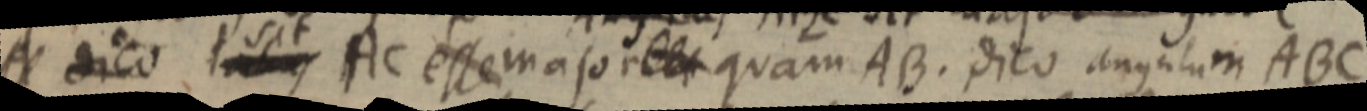
A dico _ AC esse major _ quam AB. dico angulum ABC